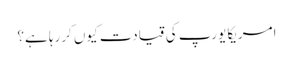
امریکا یورپ کی قیادت کیوں کررہا ہے؟